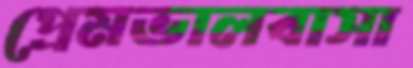
প্রেমভালবাসা